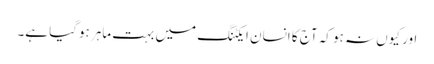
اور کیوں نہ ہو کہ آج کا انسان ایکٹنگ میں بہت ماہر ہوگیا ہے۔